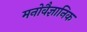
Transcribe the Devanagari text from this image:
मनाेवैज्ञानिक